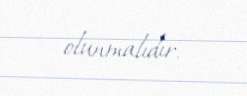
olunmalıdır.